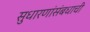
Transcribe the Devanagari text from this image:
सुधारणांसंबधाची